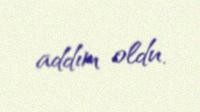
addım oldu.